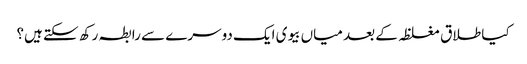
کیا طلاق مغلظہ کے بعد میاں بیوی ایک دوسرے سے رابطہ رکھ سکتے ہیں؟